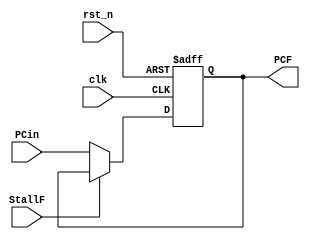
`timescale 1ns / 1ps
//////////////////////////////////////////////////////////////////////////////////
// Company: 
// Engineer: 
// 
// Design Name: 
// Module Name:    PC_Reg 
// Project Name: 
// Target Devices: 
// Tool versions: 
// Description: 
//
// Dependencies: 
//
// Revision: 
// Revision 0.01 - File Created
// Additional Comments: 
//
//////////////////////////////////////////////////////////////////////////////////
module PC_Reg(
   input clk,
	input rst_n,
	input [6:0]PCin,
	input StallF,
	output reg [6:0]PCF
    );
	 
always@(posedge clk or negedge rst_n)
begin
  if(~rst_n)
    PCF <= 7'd0;
  else
  begin
    if(~StallF)  PCF <= PCin;
  end
end

endmodule